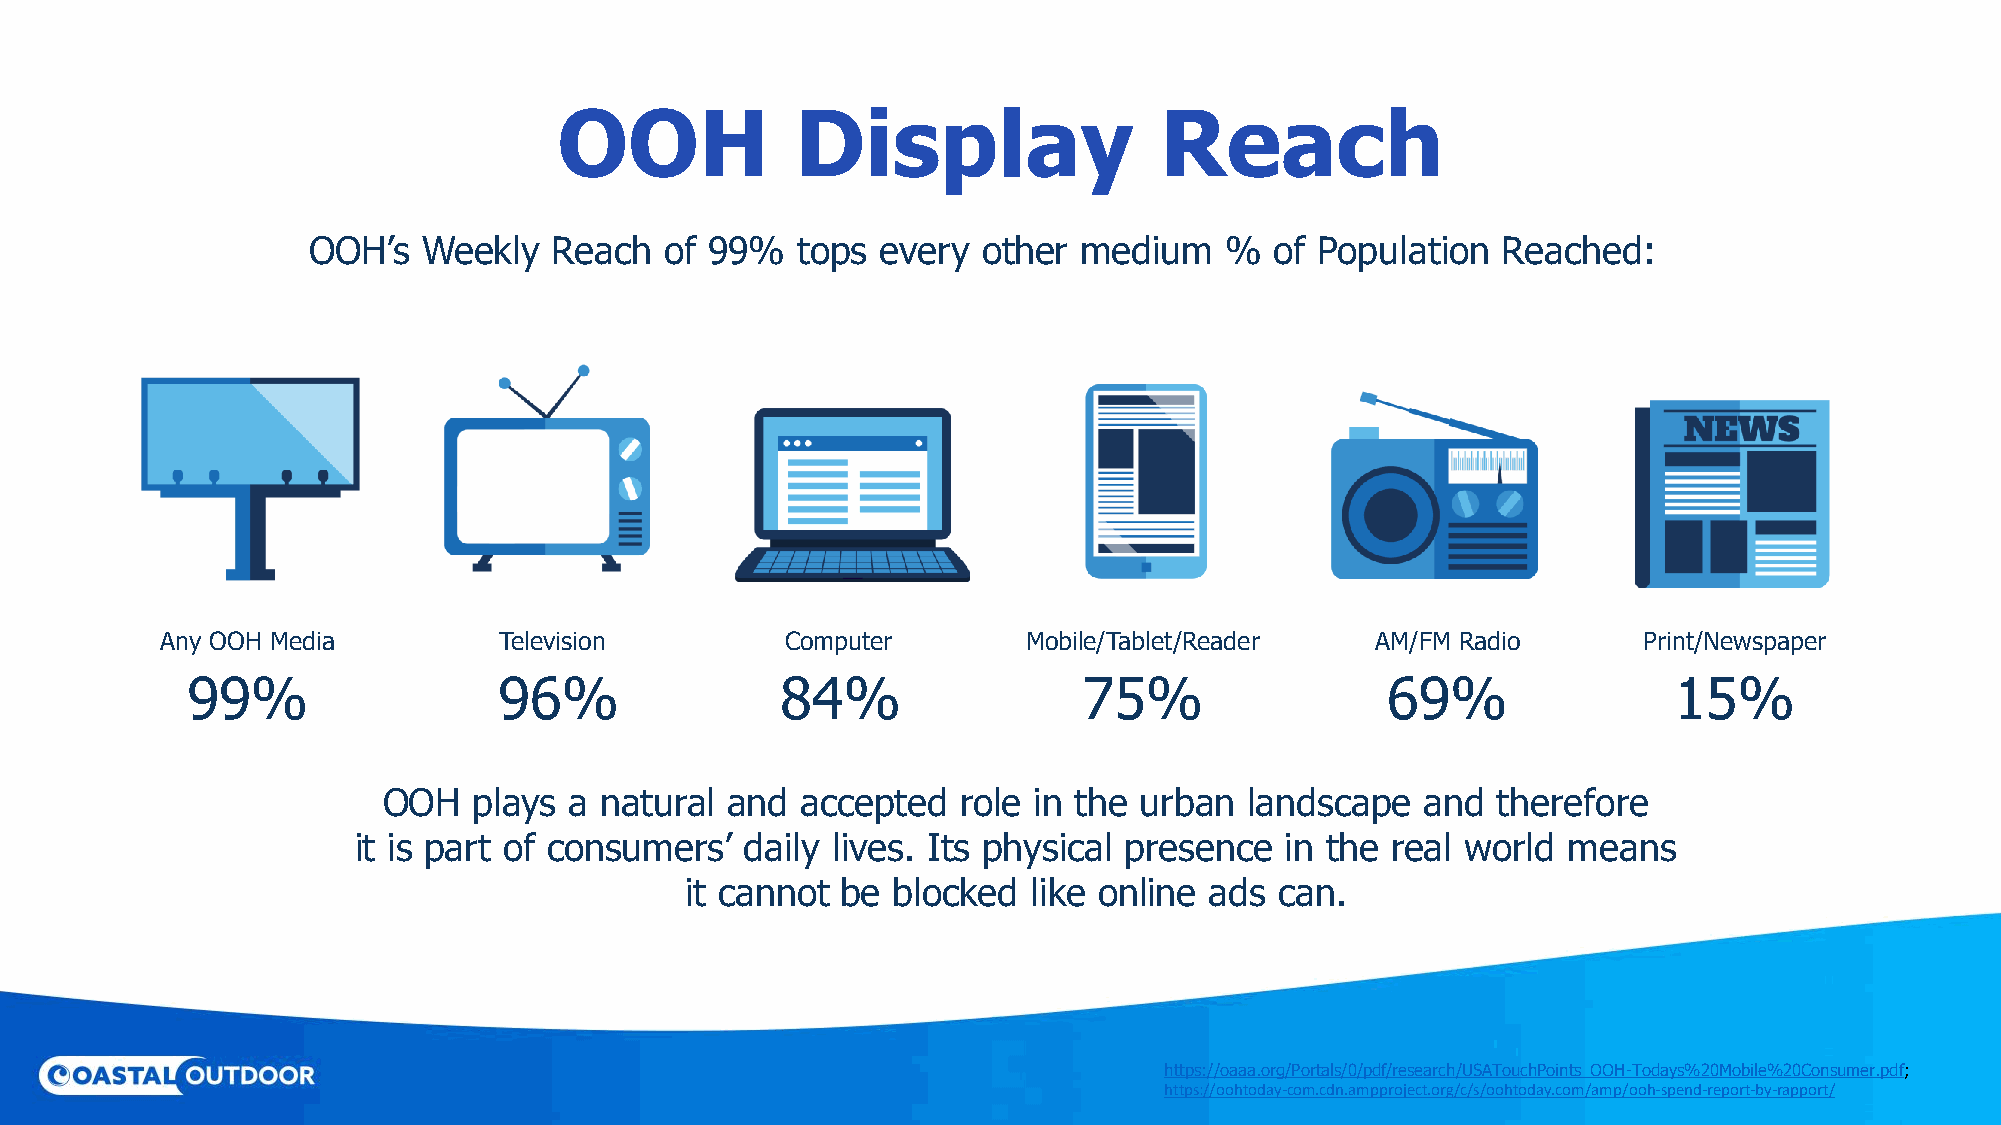
OOH             Display                 Reach
 OOH’s   Weekly   Reach  of 99%   tops every  other  medium   %  of Population  Reached:
 Any OOH Media         Television         Computer        Mobile/Tablet/Reader   AM/FM Radio       Print/Newspaper
 99%                  96%                84%                 75%                 69%                15%
 OOH   plays  a natural and  accepted   role in the urban  landscape  and  therefore
 it is part of consumers’  daily lives. Its physical presence  in the real world  means
 it cannot  be blocked  like online ads  can.
 https://oaaa.org/Portals/0/pdf/research/USATouchPoints_OOH-Todays%20Mobile%20Consumer.pdf;
 https://oohtoday-com.cdn.ampproject.org/c/s/oohtoday.com/amp/ooh-spend-report-by-rapport/